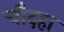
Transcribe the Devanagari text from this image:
चौदहा